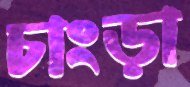
চাংড়া